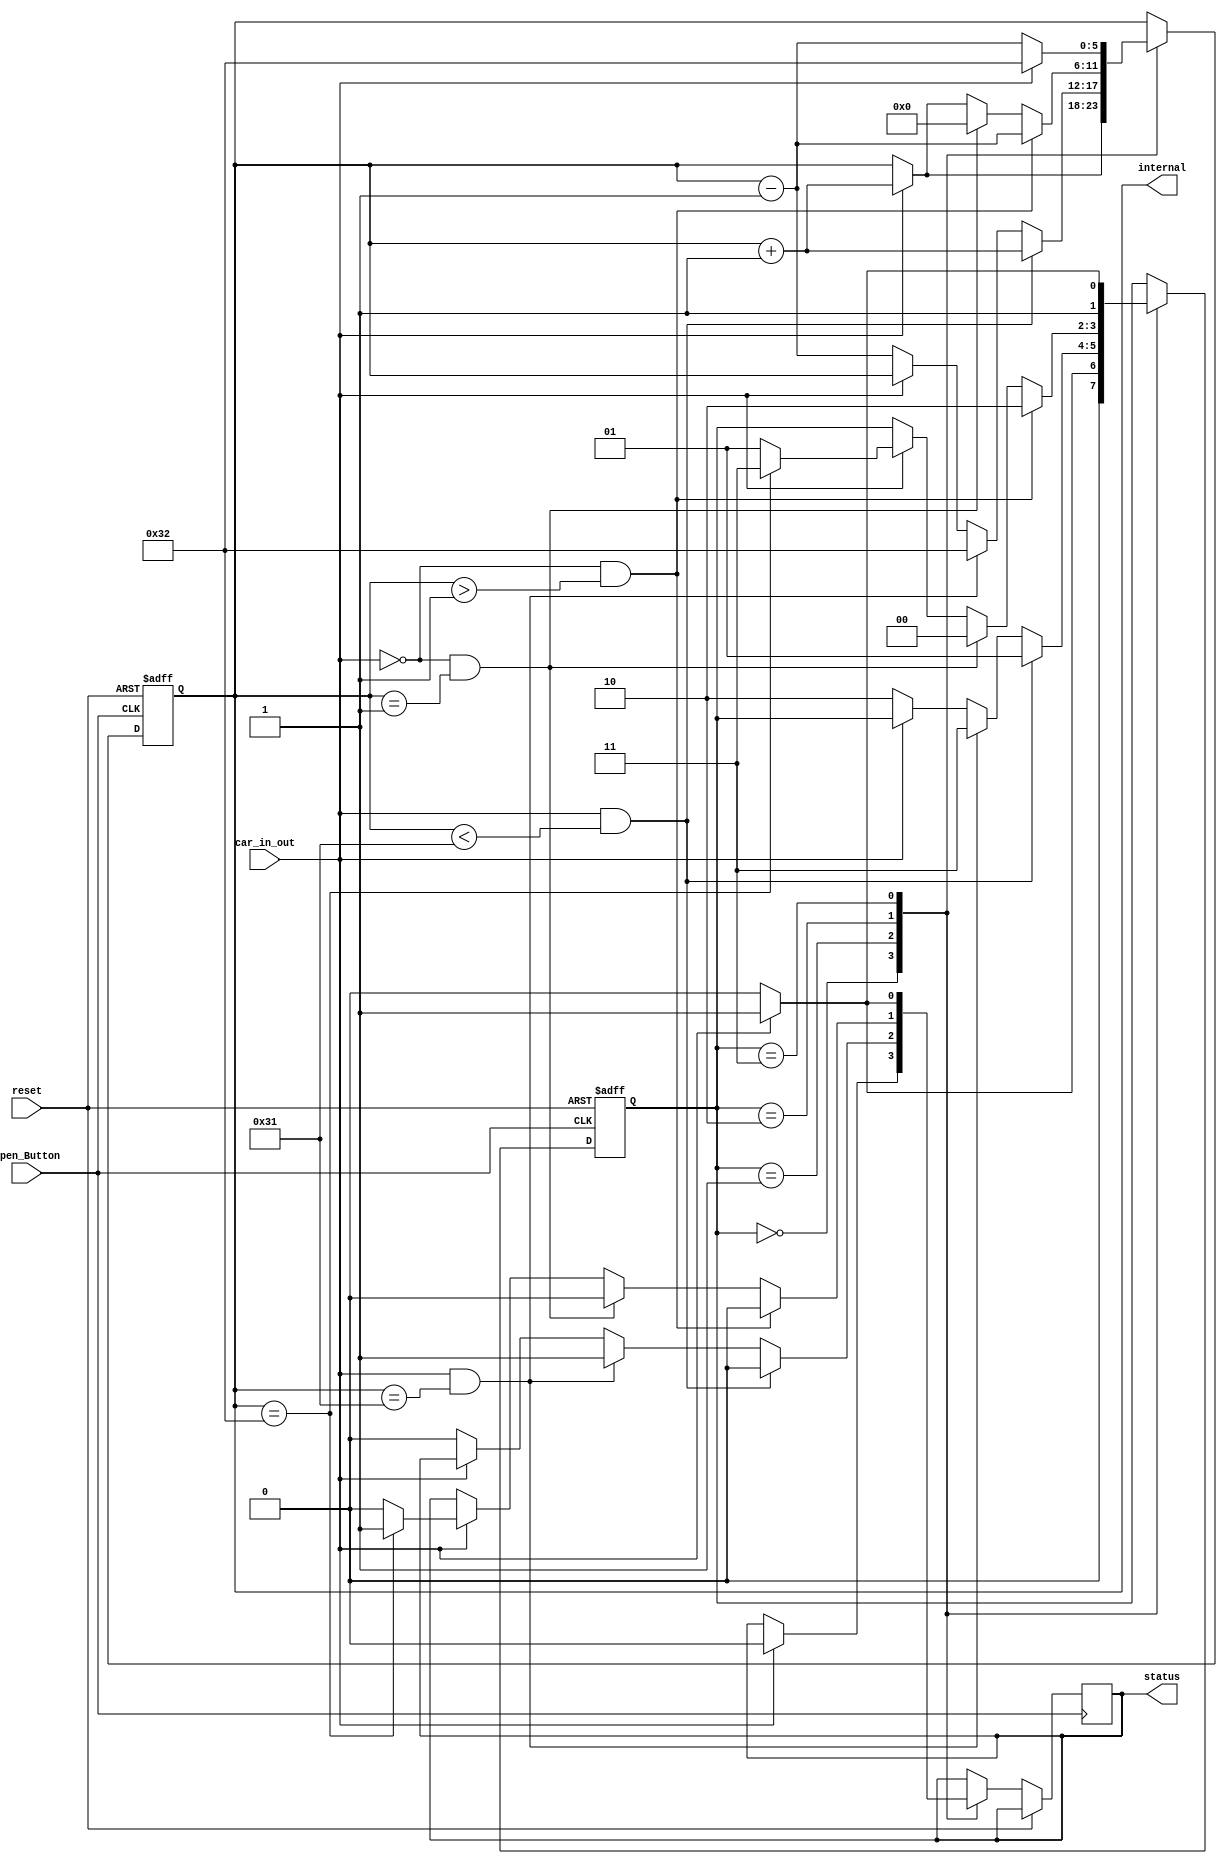
module FSM(Open_Button,reset,car_in_out,internal,status);

	input Open_Button, reset, car_in_out;

 	output reg status;//0 -> empty 1 -> full 1-bit
 	
	output reg [5:0] internal;//counter
 
 reg [1:0] stat;//00-> s0 01-> s1 10->s2 11->s3
 parameter s0=0,s1=1,s2=2,s3=3;// for the cases block to indicate which state is on

 
 always @(posedge Open_Button or posedge reset) begin

  if(reset) begin
   stat<=s0;
   internal<=6'b0; //counter
  end  

  else begin 
   case(stat)
     s0:if(car_in_out) begin
                       stat<=s1; internal<=internal+1; status<=0;
		    end
       else stat<=s0;

     s1:if(car_in_out==1 && internal<49) begin
				      stat<=s1; internal<=internal+1; status<=0;
				      end
        else if(car_in_out && internal==49) begin
					     stat<=s3; internal<=50; status<=1;
					     end
        else if(car_in_out==0) begin
			      stat<=s2; internal<=internal-1; status<=0;
			      end

     s2:if(!car_in_out && internal>1) begin
				      stat<=s2; internal<=internal-1;status<=0;
				      end
        else if(!car_in_out && internal==1) begin
					    stat<=s0; internal<=0; status<=0;
					    end
        else if(car_in_out) begin
			    stat<=s1; internal<=internal+1; if(internal==50)begin status<=1;stat<=3; end else status<=0;//full
			    end

     s3:if(car_in_out) begin
		       stat<=s3;internal<=50; status<=1;
		       end
        else if(!car_in_out) begin
			     stat<=s2;internal<=internal-1; status<=0;
			     end

     endcase
  end
 end 
endmodule


module FSM_tb();
	wire btn;reg reset,in;wire[5:0] count;wire st;

FSM s(btn,reset,in,count,st);

initial begin
	reset=1;in=1;#100;//0
	reset=0;in=1;#100;//1
	reset=0;in=1;#100;//2
	reset=0;in=0;#100;//1
	reset=1;in=1;#100;//0
	reset=0;in=1;#100;//1

end

endmodule